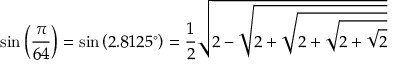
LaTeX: \sin \left( { \frac { \pi } { 6 4 } } \right) = \sin \left( 2 . 8 1 2 5 ^ { \circ } \right) = { \frac { 1 } { 2 } } { \sqrt { 2 - { \sqrt { 2 + { \sqrt { 2 + { \sqrt { 2 + { \sqrt { 2 } } } } } } } } } }